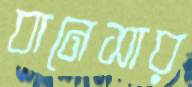
বানেসার